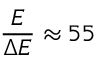
\frac { E } { \Delta { } E } \approx { } 5 5